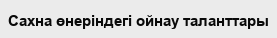
Сахна өнеріндегі ойнау таланттары